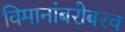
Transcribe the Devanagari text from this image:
विमानांबरोबरच